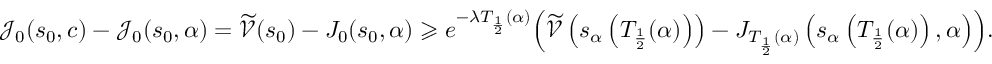
\mathcal { J } _ { 0 } ( s _ { 0 } , c ) - \mathcal { J } _ { 0 } ( s _ { 0 } , \alpha ) = \widetilde { \mathcal { V } } ( s _ { 0 } ) - J _ { 0 } ( s _ { 0 } , \alpha ) \geqslant e ^ { - \lambda T _ { \frac 1 2 } ( \alpha ) } \Bigl ( \widetilde { \mathcal { V } } \left( s _ { \alpha } \left( T _ { \frac 1 2 } ( \alpha ) \right) \right) - J _ { T _ { \frac 1 2 } ( \alpha ) } \left( s _ { \alpha } \left( T _ { \frac 1 2 } ( \alpha ) \right) , \alpha \right) \Bigr ) .